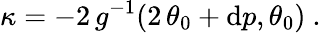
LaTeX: \kappa=-2\, g^{-1}(2\, \theta_{0}+\mathrm{d}p,\theta_{0})\ .